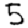
Digit: 5